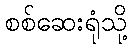
စစ်ဆေးရုံသို့